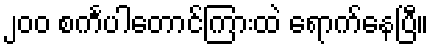
၂၀၀ စင်္ကပါတောင်ကြားထဲ ရောက်နေပြီ။